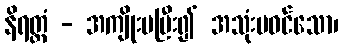
နိရတ္ထံ - အကျိုးမပြီး၍ အသုံးမဝင်သော၊